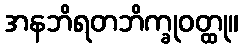
အနဘိရတဘိက္ခုဝတ္ထု။